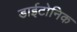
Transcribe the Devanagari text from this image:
डाईटोनिक